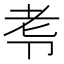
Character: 𭅷